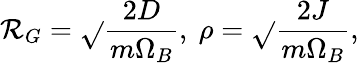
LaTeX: \mathcal{R}_{G}=\sqrt{}{{\frac{{2D}}{{m\Omega_{B}}}}},\ \rho=\sqrt{}{{\frac{{2J}}{{m\Omega_{B}}}}},